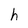
Character: h